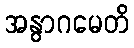
အနွာဂမေတိ